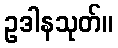
ဥဒါနသုတ်။